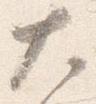
大